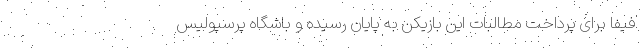
فیفا برای پرداخت مطالبات این بازیکن به پایان رسیده و باشگاه پرسپولیس